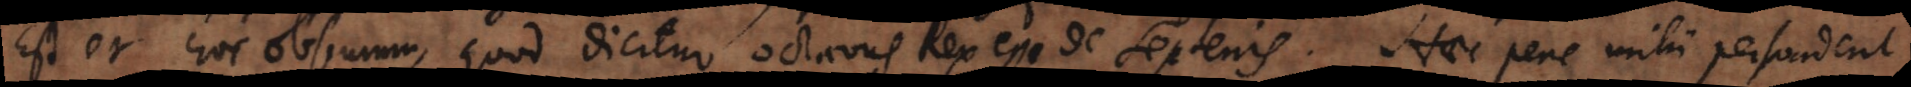
Est et hoc obscurum, quod dicitur octavus Rex esse de septenis. Haec pene mihi persuadent